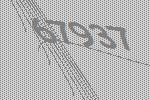
67937